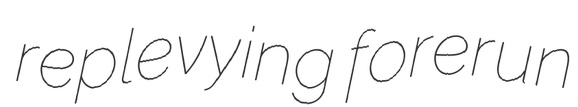
replevying forerun